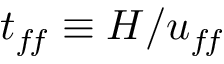
t _ { f \! f } \equiv H / u _ { f \! f }